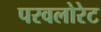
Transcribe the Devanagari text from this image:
परवलोरेट